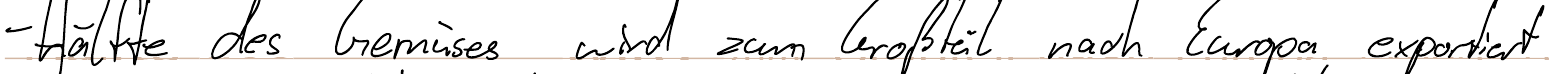
- Hälfte des Gemüses wird zum Großteil nach Europa exportiert